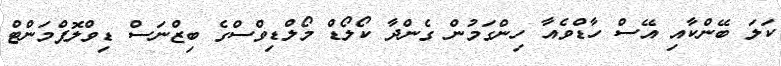
ކަލަ ބޭންކާއި އޭސް ހާޑްވެއާ ހިންގަމުން ގެންދާ ކޯލޯޑް މޯލްޑިވްސްގެ ބިޒްނަސް ޑިވްލޮޕްމަންޓް